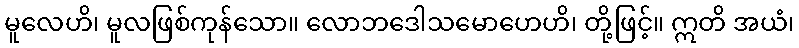
မူလေဟိ၊ မူလဖြစ်ကုန်သော။ လောဘဒေါသမောဟေဟိ၊ တို့ဖြင့်။ ဣတိ အယံ၊